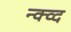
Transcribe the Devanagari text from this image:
न्क्व्द